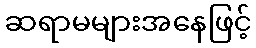
ဆရာမများအနေဖြင့်